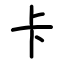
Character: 卡